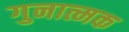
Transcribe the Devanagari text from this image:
गुनात्मक